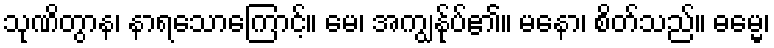
သုဏိတွာန၊ နာရသောကြောင့်။ မေ၊ အကျွန်ုပ်၏။ မနော၊ စိတ်သည်။ ဓမ္မေ၊